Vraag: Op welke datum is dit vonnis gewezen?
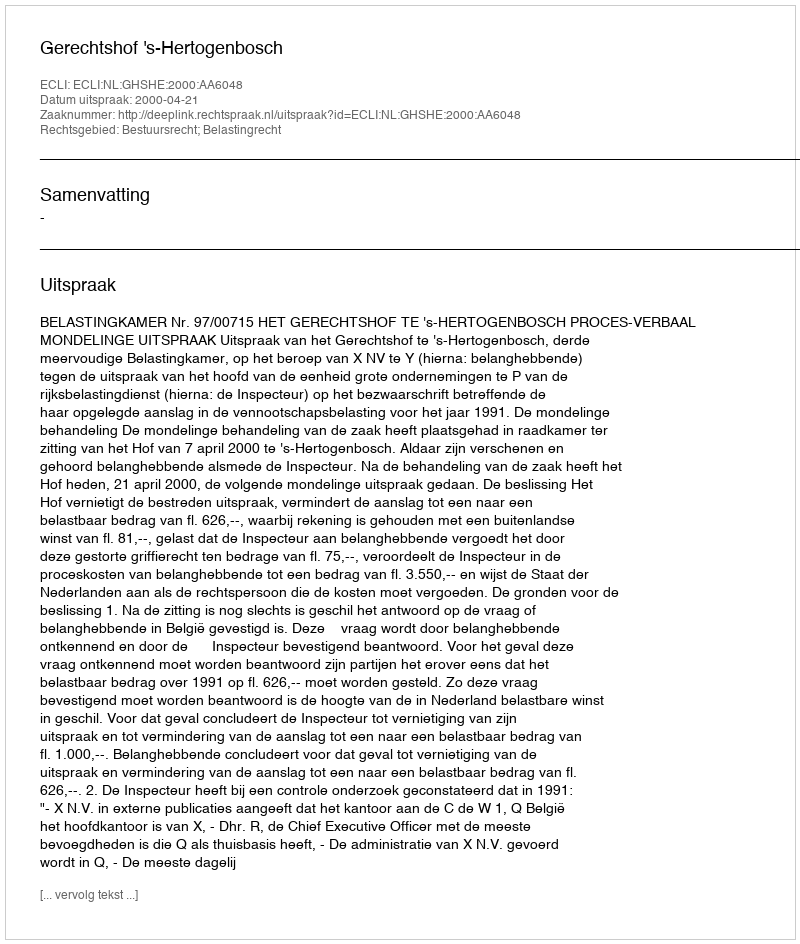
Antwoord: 2000-04-21